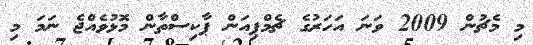
މި މެޗުން 2009 ވަނަ އަހަރުގެ ޗެމްޕިއަން ޕާކިސްތާން މޮޅުވެއްޖެ ނަމަ މި